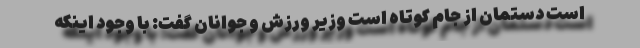
است دستمان از جام کوتاه است وزیر ورزش و جوانان گفت: با وجود اینکه